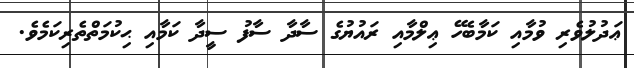
ޢަދުލުވެރި ވުމާއި ކަމާބެހޭ ޢިލްމާއި ރައުޔުގެ ސާދާ ސާފު ސީދާ ކަމާއި ޙިކުމަތްތެރިކަމެވެ.